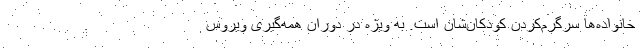
خانواده‌ها سرگرم‌کردن کودکان‌شان است. به ویژه در دوران همه‌گیری ویروس